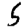
Digit: 5